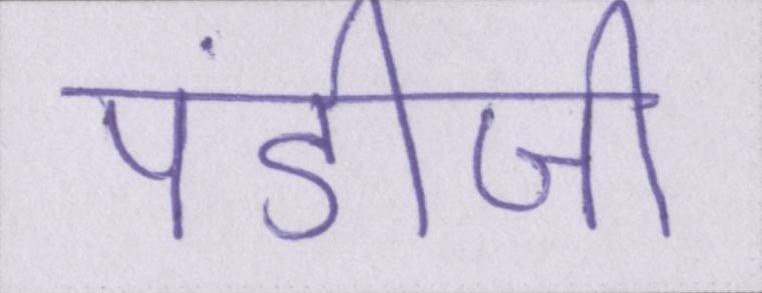
पंडीजी